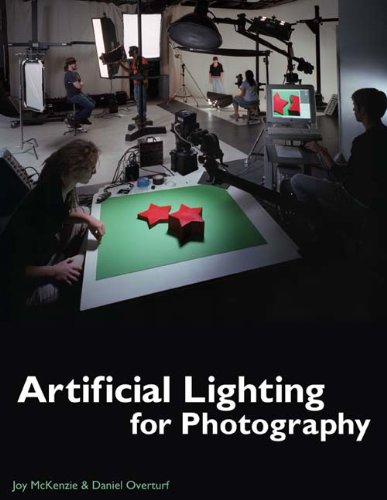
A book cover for Artificial Lighting for Photography; Joy McKenzie; Arts & Photography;